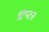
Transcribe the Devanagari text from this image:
टिप्टन